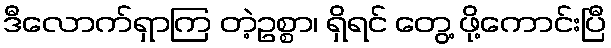
ဒီလောက်ရှာကြ တဲ့ဥစ္စာ၊ ရှိရင် တွေ့ ဖို့ကောင်းပြီ